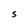
Character: S